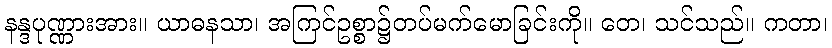
နန္ဒပုဏ္ဏားအား။ ယာဓနသာ၊ အကြင်ဥစ္စာ၌တပ်မက်မောခြင်းကို။ တေ၊ သင်သည်။ ကတာ၊